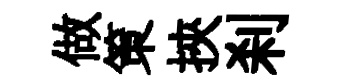
做策挾刹